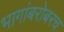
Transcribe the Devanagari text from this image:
भागांबरोबरच